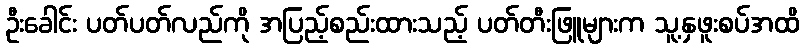
ဦးခေါင်း ပတ်ပတ်လည်ကို အပြည့်စည်းထားသည့် ပတ်တီးဖြူများက သူ့နှဖူးစပ်အထိ